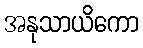
အနုသာယိကော